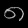
Digit: ၈